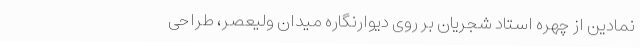
نمادین از چهره استاد شجریان بر روی دیوارنگاره میدان ولیعصر، طراحی